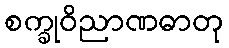
စက္ခုဝိညာဏဓာတု